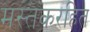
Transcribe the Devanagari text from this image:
मस्तकरहित